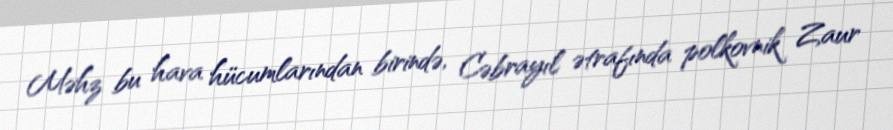
Məhz bu hava hücumlarından birində, Cəbrayıl ətrafında polkovnik Zaur